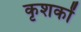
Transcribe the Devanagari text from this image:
कृशकों